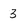
Character: 3